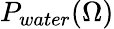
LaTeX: P_{water}(\Omega)